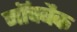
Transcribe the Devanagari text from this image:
नॉचबैक